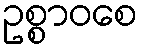
ဥစ္စာဝစေ